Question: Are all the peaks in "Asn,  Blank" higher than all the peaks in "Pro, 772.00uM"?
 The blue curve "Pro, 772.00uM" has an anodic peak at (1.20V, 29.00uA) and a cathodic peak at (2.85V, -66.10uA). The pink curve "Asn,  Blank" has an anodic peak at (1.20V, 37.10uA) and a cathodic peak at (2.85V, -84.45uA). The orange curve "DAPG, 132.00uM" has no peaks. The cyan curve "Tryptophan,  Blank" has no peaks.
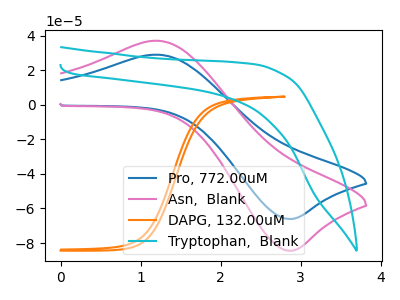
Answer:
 <answer>Every peak in "Asn,  Blank" is higher than every peak in "Pro, 772.00uM".</answer>
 <eval>higher</eval>